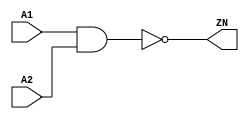
module NAND2_X1 (A1, A2, ZN);
  input A1;
  input A2;
  output ZN;

  not(ZN, i_10);
  and(i_10, A1, A2);


endmodule